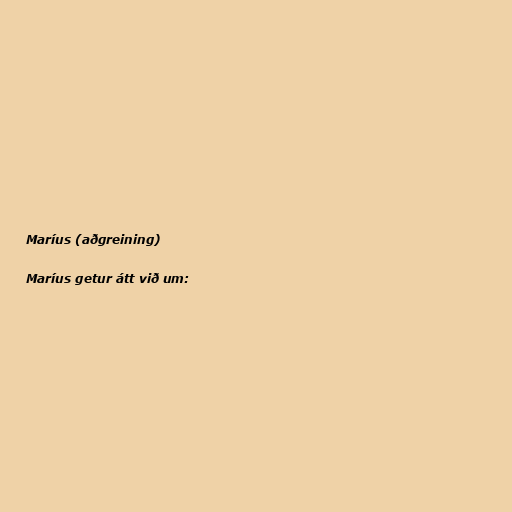
Maríus (aðgreining)

Maríus getur átt við um: